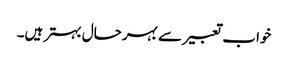
خواب تعبیر سے بہرحال بہتر ہیں۔